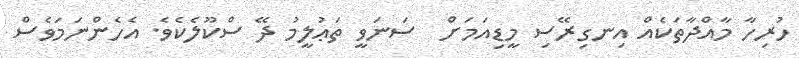
ހުރިހާ މާއްދާތަކެއް އިނގިރޭސި މީޑިއަމަށް  ސަނަވީ ތަޢުލީމު ދޭ ސްކޫލެކެވެ. އެހެންނަމަވެސް